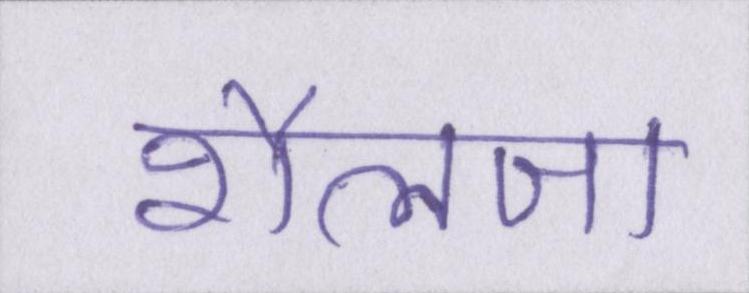
शैलजा